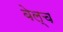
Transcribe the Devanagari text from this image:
बेल्च